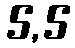
5,5